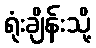
ရုံးချိန်းသို့